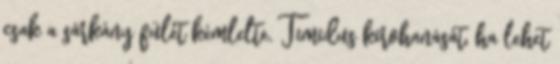
csak a sárkány fülét kémlelte. Timidus kirohanását, ha lehet